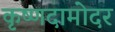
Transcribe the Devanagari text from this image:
कृष्णदामोदर